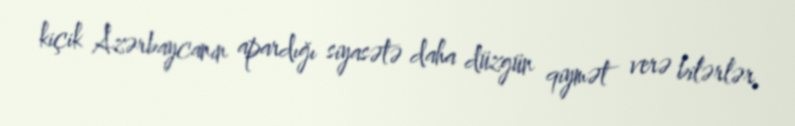
kiçik Azərbaycanın apardığı siyasətə daha düzgün qiymət verə bilərlər.